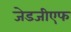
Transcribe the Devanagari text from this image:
जेडजीएफ